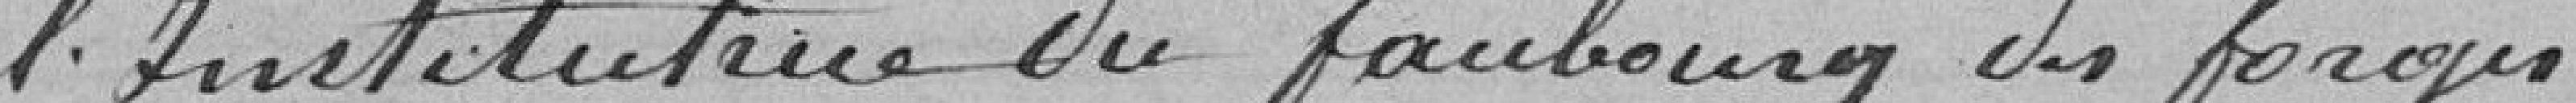
L'Institutrice du faubourg des forges